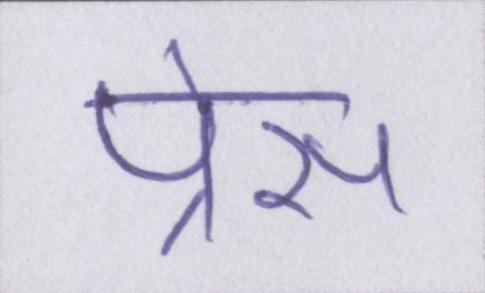
प्रेस